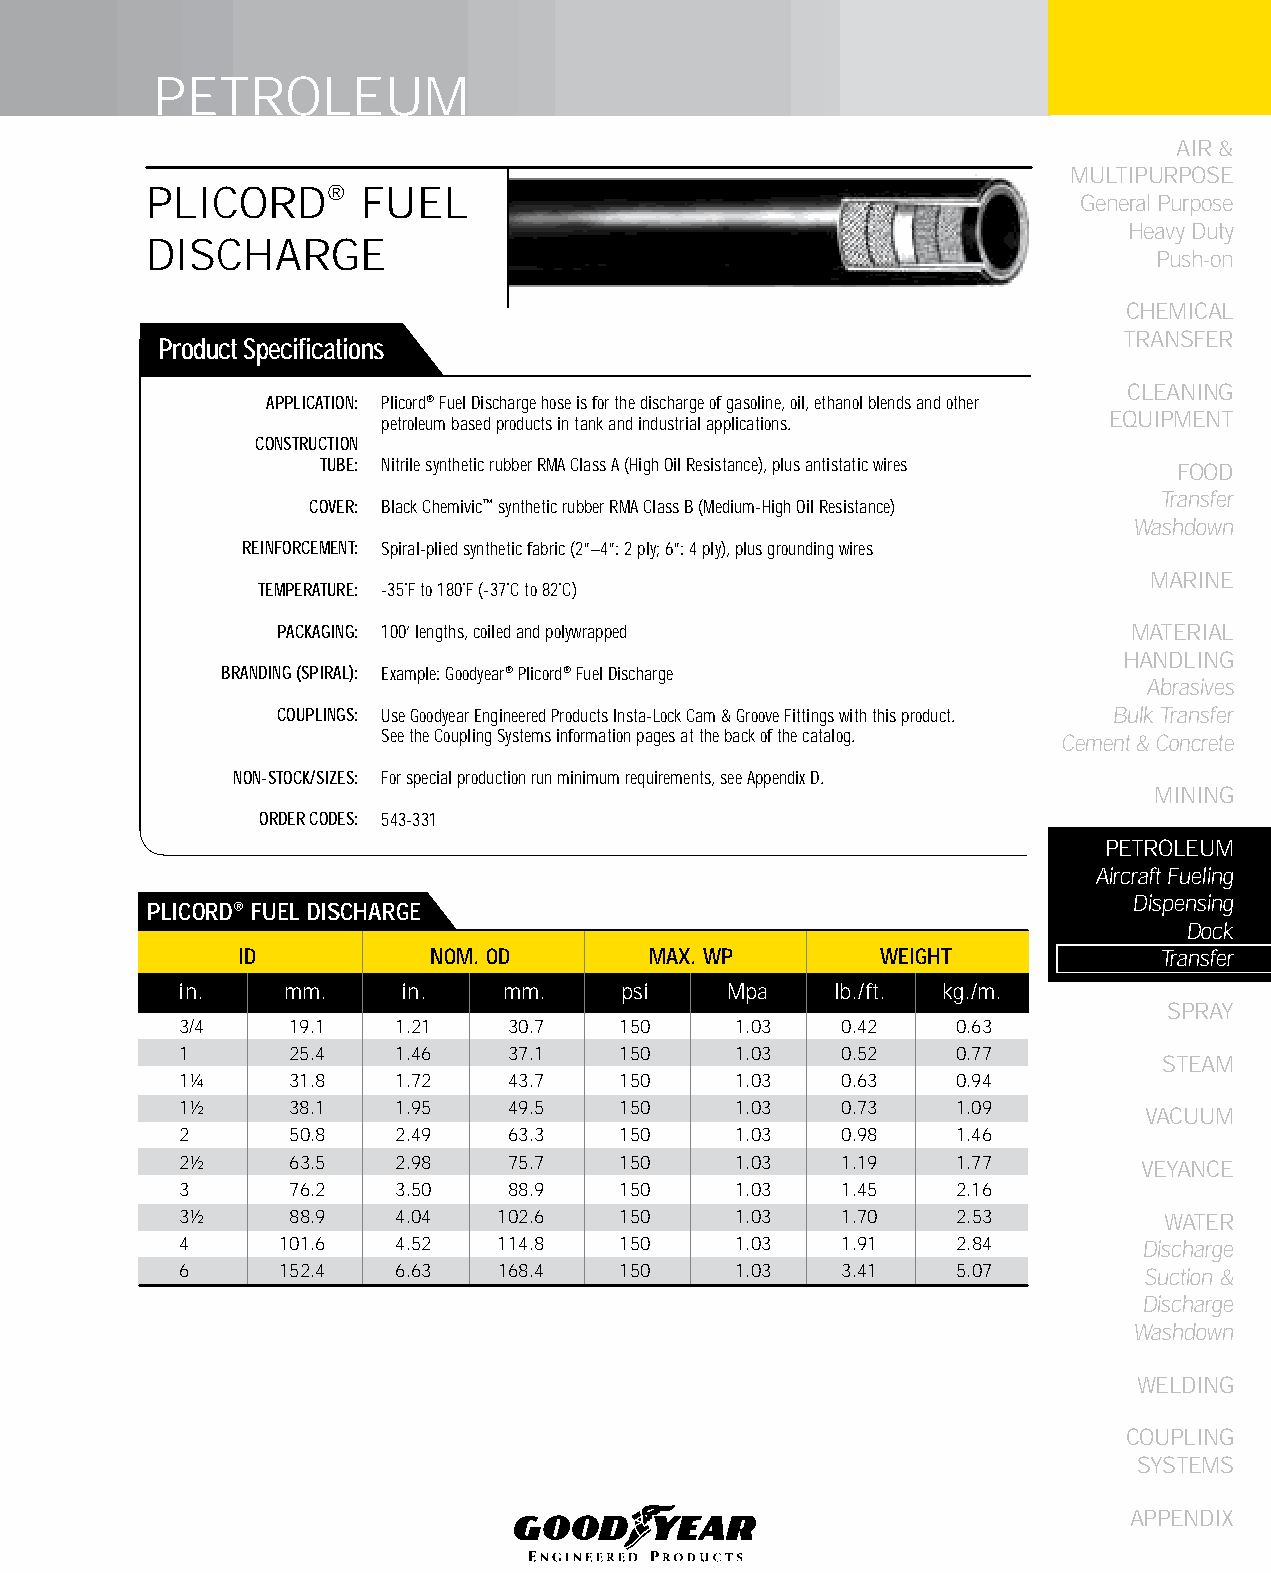
PETROLEUM
 AIR &
 MULTIPURPOSE
 PLICORD®      FUEL
 General Purpose
 Heavy Duty
 DISCHARGE
 Push-on
 CHEMICAL
 TRANSFER
 Product Specifications
 CLEANING
 APPLICATION: Plicord® Fuel Discharge hose is for the discharge of gasoline, oil, ethanol blends and other
 petroleum based products in tank and industrial applications. EqUIPMENT
 CONSTRUCTION
 TUBE: Nitrile synthetic rubber RMA Class A (High Oil Resistance), plus antistatic wires FOOD
 Transfer
 COVER: Black Chemivic™ synthetic rubber RMA Class B (Medium-High Oil Resistance)
 Washdown
 REINFORCEMENT: Spiral-plied synthetic fabric (2”–4”: 2 ply; 6”: 4 ply), plus grounding wires
 MARINE
 TEMPERATURE: -35˚F to 180˚F (-37˚C to 82˚C)
 PACKAGING: 100’ lengths, coiled and polywrapped          MATERIAL
 HANDLING
 BRANDING (SPIRAL): Example: Goodyear® Plicord® Fuel Discharge
 Abrasives
 COUPLINGS: Use Goodyear Engineered Products Insta-Lock Cam & Groove Fittings with this product. Bulk Transfer
 See the Coupling Systems information pages at the back of the catalog. Cement & Concrete
 NON-STOCK/SIZES: For special production run minimum requirements, see Appendix D.
 MINING
 ORDER CODES: 543-331
 PETROLEUM
 Aircraft Fueling
 Dispensing
 PLICORD® fUEL DISCHARGE
 Dock
 ID           NOM. OD       MAX. WP        WEIGHT             Transfer
 in.    mm.     in.   mm.     psi    Mpa    lb./ft. kg./m.
 SPRAY
 3/4    19.1   1.21    30.7   150     1.03   0.42   0.63
 1      25.4   1.46    37.1   150     1.03   0.52   0.77
 STEAM
 1¼     31.8   1.72    43.7   150     1.03   0.63   0.94
 1½     38.1   1.95    49.5   150     1.03   0.73   1.09
 VACUUM
 2      50.8   2.49    63.3   150     1.03   0.98   1.46
 2½     63.5   2.98    75.7   150     1.03   1.19   1.77         VEYANCE
 3      76.2   3.50    88.9   150     1.03   1.45   2.16
 3½     88.9   4.04   102.6   150     1.03   1.70   2.53          WATER
 4      101.6  4.52   114.8   150     1.03   1.91   2.84         Discharge
 6      152.4  6.63   168.4   150     1.03   3.41   5.07         Suction &
 Discharge
 Washdown
 WELDING
 COUPLING
 SYSTEMS
 APPENDIX
 191